Code of medical and sanitary regulations for the guidance of medical officers serving in the Madras Presidency - Volume II
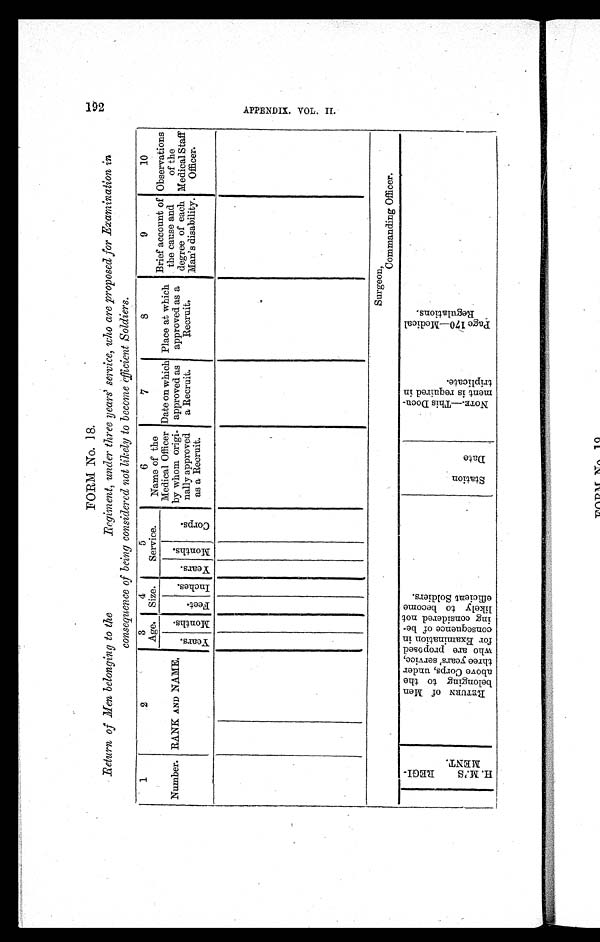
FORM No. 18.
Return of Men belonging to the Regiment, under three years' service, who are proposed for Examination in
consequence of being considered not likely to become efficient Soldiers.
1
2
3
4
5
6
7
8
9
10
Number. RANK AND NAME.
Age. Size.
Service.
Name of the
Medical Officer
by whom origi-
nally approved
as a Recruit.
Date on which
approved as
a Recruit.
Place at which
approved as a
Recruit.
Brief account of
the cause an
d
degree of each
Man's disability.
Observations
of the
Medical Staff
Officer.
Year s. M o n t h s .
Feet.
I n c h e s . Y e a r s .
M o n t h s .
C o r p s .
Surgeon,
Commanding Officer.
H . M . ' S R E G I -
M E N T .
R E T U R N o f M e n
b e l o n g i n g t o t h e
a b o v e C o r p s , u n d e r
t h r e e y e a r s ' s e r v i c e ,
w h o a r e p r o p o s e d
f o r E x a m i n a t i o n i n
c o n s e q u e n c e o f b e -
i n g c o n s i d e r e d n o t
l i k e l y t o b e c o m e
e f f i c i e n t S o l d i e r s .
S t a t i o n
D a t e
N O T E . — T h i s D o c u -
m e n t i s r e q u i r e d i n
t r i p l i c a t e .
P a g e 1 7 0 — M e d i c a l
R e g u l a t i o n s .
192
A P P E N D I X . V O L . I I .